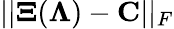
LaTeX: ||{\mathbf\Xi}({\mathbf\Lambda})-{\mathbf C}||_{F}